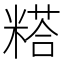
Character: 𰫇